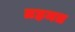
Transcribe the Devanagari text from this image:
तहमत